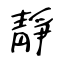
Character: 靜